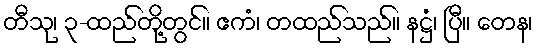
တီသု၊ ၃-ထည်တို့တွင်။ ဧကံ၊ တထည်သည်။ နဋ္ဌံ၊ ပြီ။ တေန၊